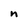
Character: n